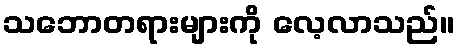
သဘောတရားများကို လေ့လာသည်။